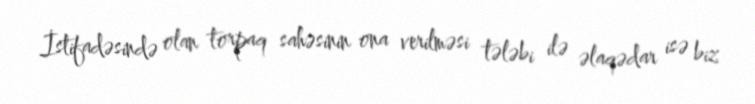
İstifadəsində olan torpaq sahəsinin ona verilməsi tələbi ilə əlaqədar isə biz